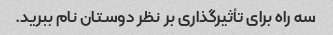
سه راه برای تأثیرگذاری بر نظر دوستان نام ببرید.